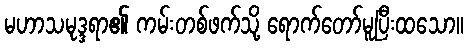
မဟာသမုဒ္ဒရာ၏ ကမ်းတစ်ဖက်သို့ ရောက်တော်မူပြီးထသော။